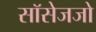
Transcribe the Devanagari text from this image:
सॉसेजजो